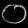
Digit: ၀